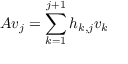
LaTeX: A v _ { j } = \sum _ { k = 1 } ^ { j + 1 } h _ { k , j } v _ { k }